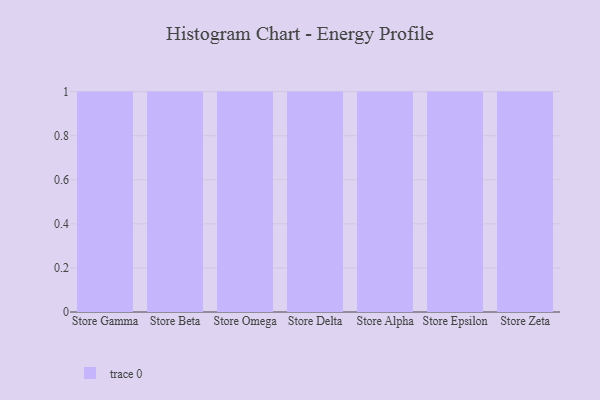
{"axis": {"x": "Store", "y": "Website Visitors"}, "legend": [""], "data": [{"x": "Store Gamma", "y": 77, "type": ""}, {"x": "Store Beta", "y": 35, "type": ""}, {"x": "Store Omega", "y": 14, "type": ""}, {"x": "Store Delta", "y": 37, "type": ""}, {"x": "Store Alpha", "y": 29, "type": ""}, {"x": "Store Epsilon", "y": 58, "type": ""}, {"x": "Store Zeta", "y": 49, "type": ""}]}